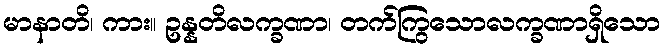
မာနာတိ၊ ကား။ ဥန္နတိလက္ခဏာ၊ တက်ကြွသောလက္ခဏာရှိသော